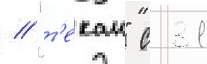
// "т'екаи" с 31